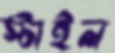
স্টাইল